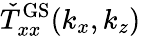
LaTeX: \check{T}_{xx}^{\mathrm{GS}}(k_{x},k_{z})